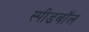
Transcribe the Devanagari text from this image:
स्पीडबॉल